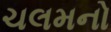
ચલમનો